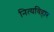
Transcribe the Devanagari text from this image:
नित्यविहार